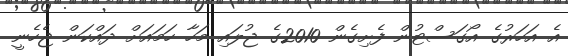
އެ އަހަރުގެ އޯގަސްޓުން ފެށިގެން 2010ގެ ޖުލައި މަހާ ހަމައަށް ދައްކަން ޖެހެނީ